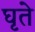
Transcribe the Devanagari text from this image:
घृते